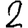
Digit: 2